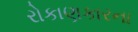
રોકાણકારના